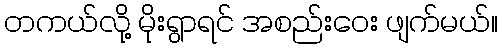
တကယ်လို့ မိုးရွာရင် အစည်းဝေး ဖျက်မယ်။